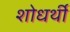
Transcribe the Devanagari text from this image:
शोधर्थी